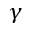
\gamma